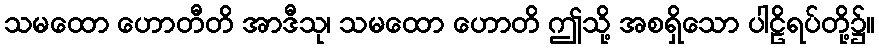
သမထော ဟောတီတိ အာဒီသု၊ သမထော ဟောတိ ဤသို့ အစရှိသော ပါဠိရပ်တို့၌။